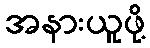
အနားယူဖို့